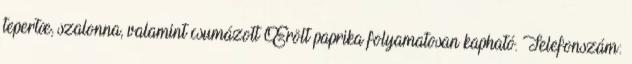
tepertœ, szalonna, valamint csumázott Œrölt paprika folyamatosan kapható. Telefonszám: